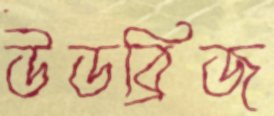
উডব্রিজ